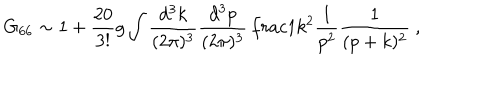
LaTeX: G _ { 6 6 } \sim 1 + \frac { 2 0 } { 3 ! } g \int \frac { d ^ { 3 } k } { ( 2 \pi ) ^ { 3 } } \frac { d ^ { 3 } p } { ( 2 \pi ) ^ { 3 } } \, \frac { 1 } { k ^ { 2 } } \frac { 1 } { p ^ { 2 } } \frac { 1 } { ( p + k ) ^ { 2 } } ~ ,